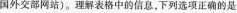
国外交部网站)。理解表格中的信息，下列选项正确的是